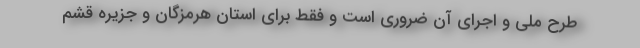
طرح ملی و اجرای آن ضروری است و فقط برای استان هرمزگان و جزیره قشم